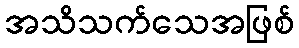
အသိသက်သေအဖြစ်